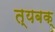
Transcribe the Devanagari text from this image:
त्यबक्